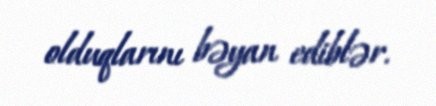
olduqlarını bəyan ediblər.